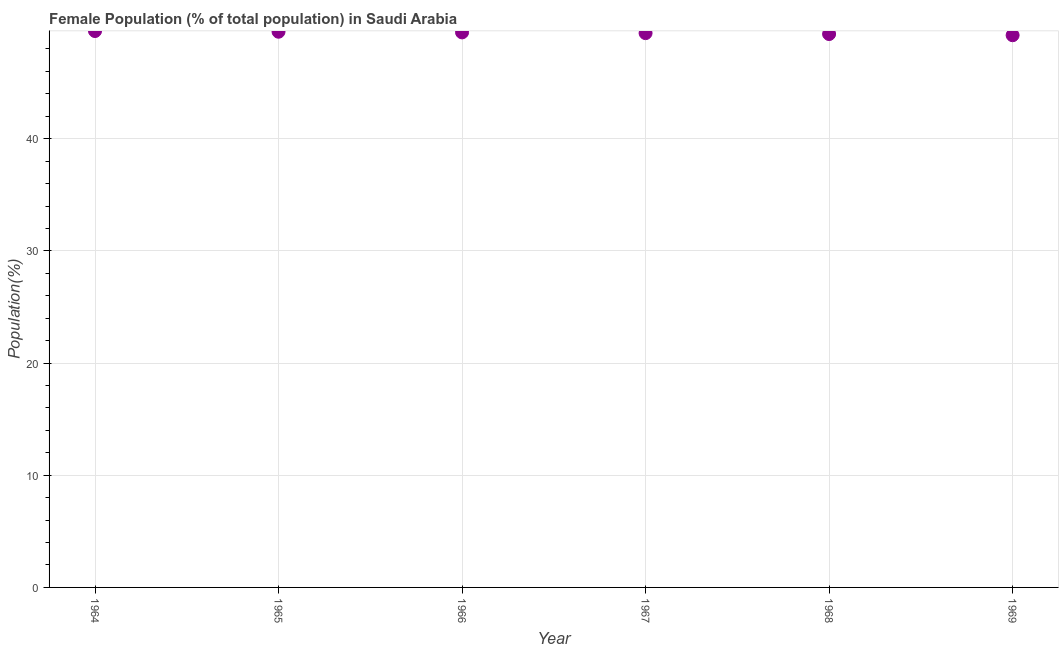
| Year | Female |
 | --- | --- |
 | 1964 | 49.6 |
 | 1965 | 49.5 |
 | 1966 | 49.5 |
 | 1967 | 49.4 |
 | 1968 | 49.3 |
 | 1969 | 49.2 |